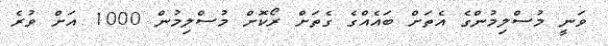
ވަނީ މުސްލިމުންގެ އެތަށް ބައެއްގެ ގެތަށް ރޯކޮށް މުސްލިމުން 1000 އަށް ވުރެ